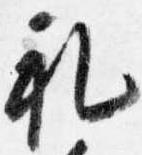
礼